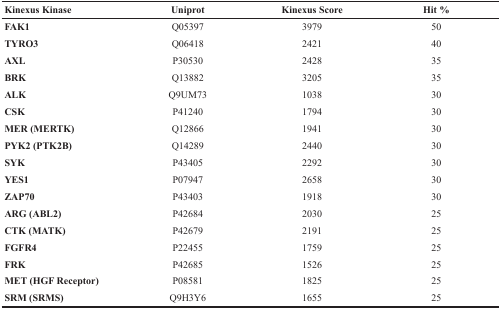
<table><thead><tr><td><b>Kinexus Kinase</b></td><td><b>Uniprot</b></td><td><b>Kinexus Score</b></td><td><b>Hit %</b></td></tr></thead><tbody><tr><td><b>FAK1</b></td><td>Q05397</td><td>3979</td><td>50</td></tr><tr><td><b>TYRO3</b></td><td>Q06418</td><td>2421</td><td>40</td></tr><tr><td><b>AXL</b></td><td>P30530</td><td>2428</td><td>35</td></tr><tr><td><b>BRK</b></td><td>Q13882</td><td>3205</td><td>35</td></tr><tr><td><b>ALK</b></td><td>Q9UM73</td><td>1038</td><td>30</td></tr><tr><td><b>CSK</b></td><td>P41240</td><td>1794</td><td>30</td></tr><tr><td><b>MER (MERTK)</b></td><td>Q12866</td><td>1941</td><td>30</td></tr><tr><td><b>PYK2 (PTK2B)</b></td><td>Q14289</td><td>2440</td><td>30</td></tr><tr><td><b>SYK</b></td><td>P43405</td><td>2292</td><td>30</td></tr><tr><td><b>YES1</b></td><td>P07947</td><td>2658</td><td>30</td></tr><tr><td><b>ZAP70</b></td><td>P43403</td><td>1918</td><td>30</td></tr><tr><td><b>ARG (ABL2)</b></td><td>P42684</td><td>2030</td><td>25</td></tr><tr><td><b>CTK (MATK)</b></td><td>P42679</td><td>2191</td><td>25</td></tr><tr><td><b>FGFR4</b></td><td>P22455</td><td>1759</td><td>25</td></tr><tr><td><b>FRK</b></td><td>P42685</td><td>1526</td><td>25</td></tr><tr><td><b>MET (HGF Receptor)</b></td><td>P08581</td><td>1825</td><td>25</td></tr><tr><td><b>SRM (SRMS)</b></td><td>Q9H3Y6</td><td>1655</td><td>25</td></tr></tbody></table>